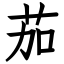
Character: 茄